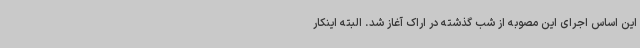
این اساس اجرای این مصوبه از شب گذشته در اراک آغاز شد. البته اینکار